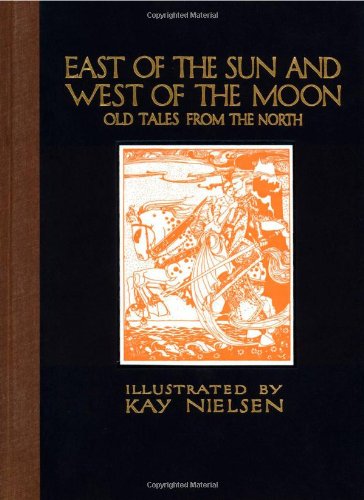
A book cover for East of the Sun and West of the Moon: Old Tales from the North (Calla Editions); Literature & Fiction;